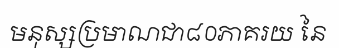
មនុស្សប្រមាណជា៨០ភាគរយ នៃ